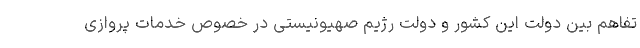
تفاهم بین دولت این کشور و دولت رژیم صهیونیستی در خصوص خدمات پروازی